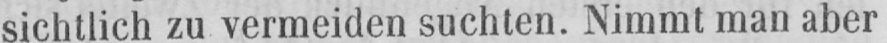
sichtlich zu vermeiden suchten. Nimmt man aber